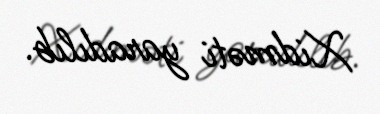
Xidməti yaradılıb.